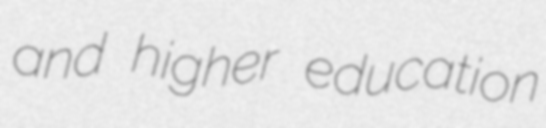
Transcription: and higher education